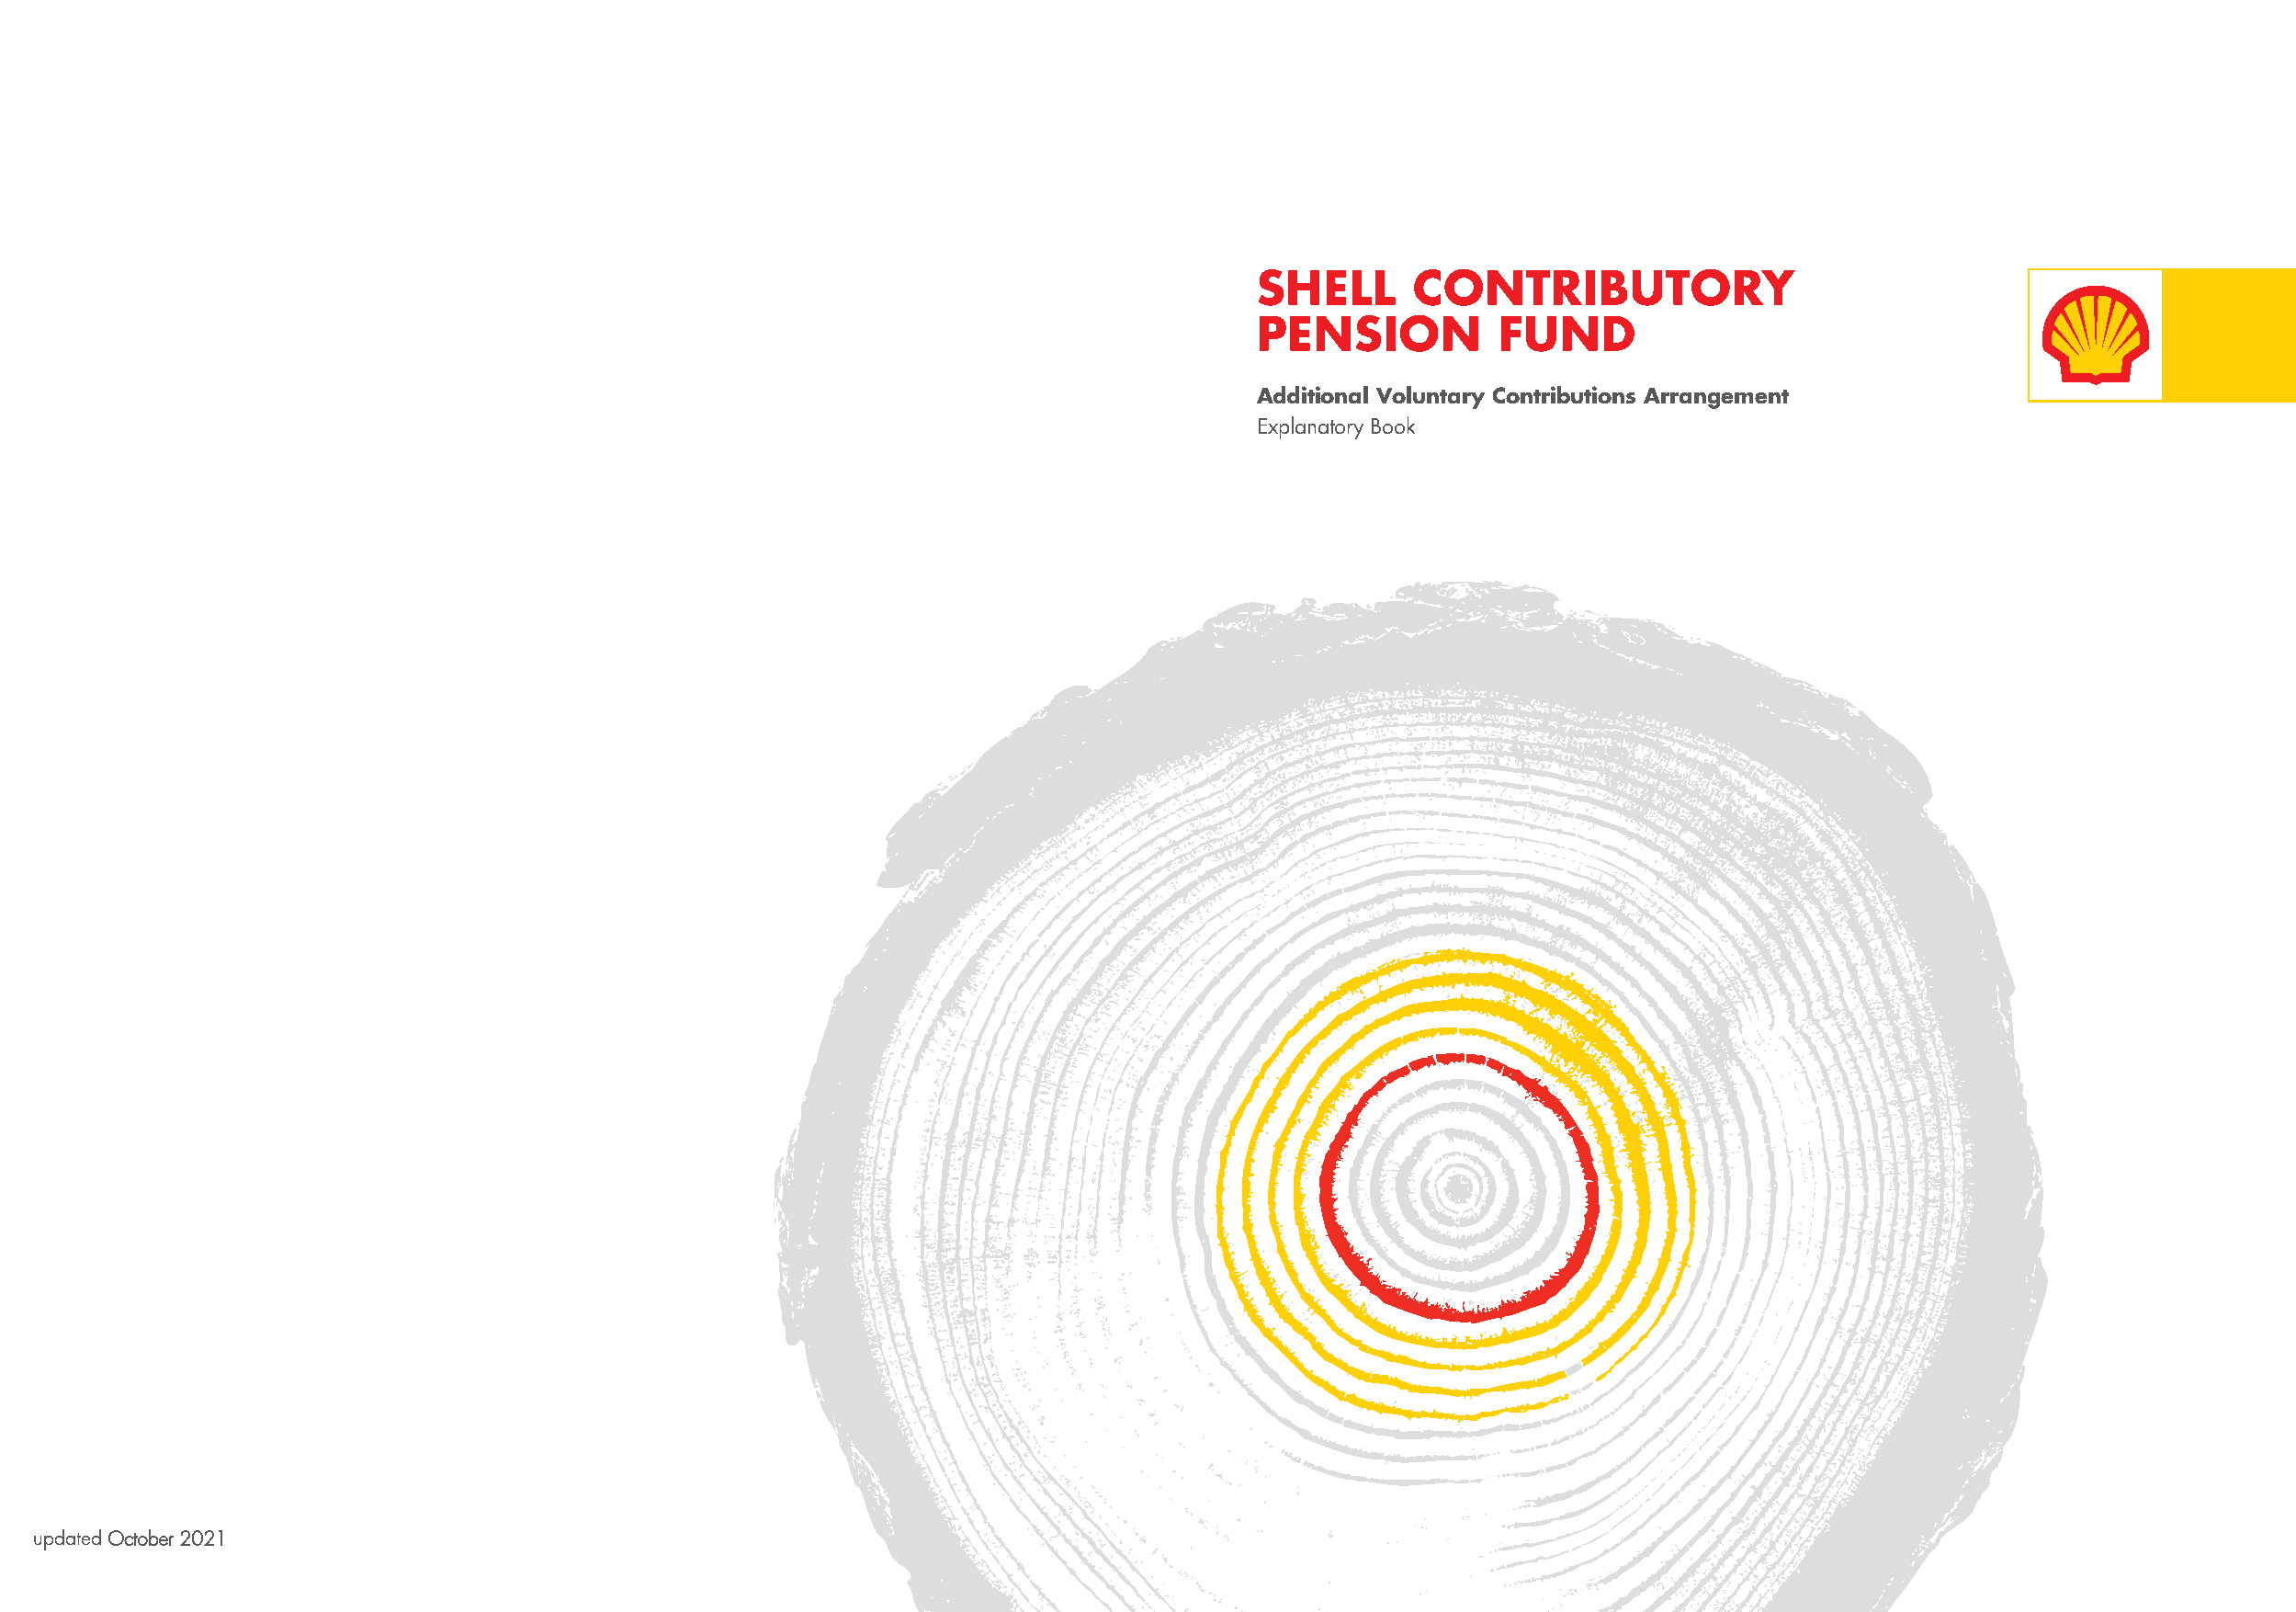
SHELL      CONTRIBUTORY
 PENSION          FUND
 Additional Voluntary Contributions Arrangement
 Explanatory Book
 updated October 2021